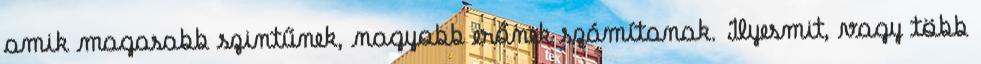
amik magasabb szintűnek, nagyobb erőnek számítanak. Ilyesmit, vagy több